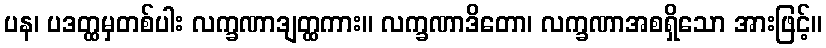
ပန၊ ပဒတ္ထမှတစ်ပါး လက္ခဏာဒျတ္ထကား။ လက္ခဏာဒိတော၊ လက္ခဏာအစရှိသော အားဖြင့်။